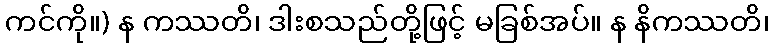
ကင်ကို။) န ကဿတိ၊ ဒါးစသည်တို့ဖြင့် မခြစ်အပ်။ န နိကဿတိ၊